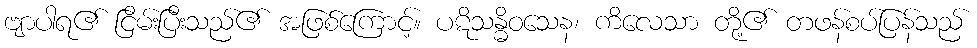
ဗျာပါရ၏ ငြိမ်းပြီးသည်၏ အဖြစ်ကြောင့်။ ပဋိသန္ဓိဝသေန၊ ကိလေသာ တို့၏ တဖန်စပ်ပြန်သည်